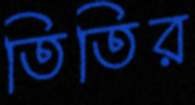
তিতির